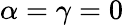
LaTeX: \alpha=\gamma=0